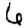
Digit: 6